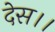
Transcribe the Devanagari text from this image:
देस।।